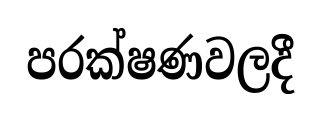
පරක්ෂණවලදී